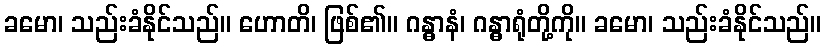
ခမော၊ သည်းခံနိုင်သည်။ ဟောတိ၊ ဖြစ်၏။ ဂန္ဓာနံ၊ ဂန္ဓာရုံတို့ကို။ ခမော၊ သည်းခံနိုင်သည်။